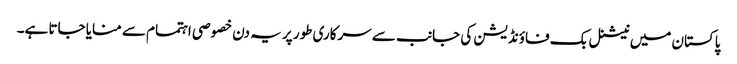
پاکستان میں نیشنل بک فاؤنڈیشن کی جانب سے سرکاری طور پر یہ دن خصوصی اہتمام سے منایا جاتا ہے۔